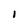
Character: I